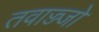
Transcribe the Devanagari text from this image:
तवाज्ज्जो